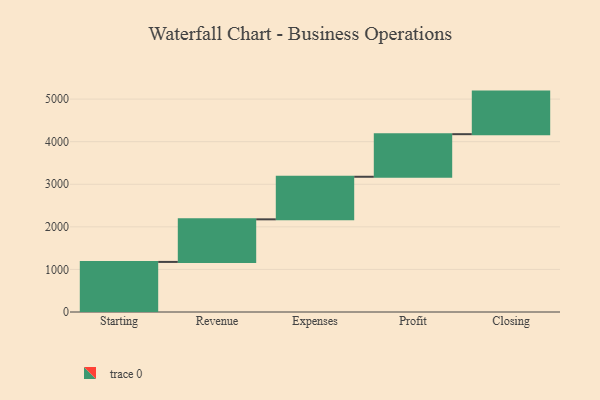
{"axis": {"x": "Step", "y": "Value"}, "legend": [""], "data": [{"x": "Starting", "y": 1176.0, "type": ""}, {"x": "Revenue", "y": 1000, "type": ""}, {"x": "Expenses", "y": 1000, "type": ""}, {"x": "Profit", "y": 1000, "type": ""}, {"x": "Closing", "y": 1000, "type": ""}]}